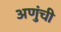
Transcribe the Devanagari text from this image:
अणुंची